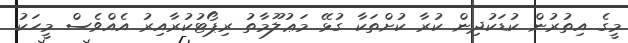
މީގެ އިތުރުން ކުޑަކުދިން ކުރާ ކުށްތަކާ ގުޅޭ މަޢުލޫމާތު ރިޕޯޓުކުރާއިރު އެއްވެސް މީހަކު